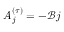
A _ { j } ^ { ( \tau ) } = - \mathcal { B } j